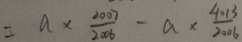
= a \times \frac { 2 0 0 7 } { 2 0 0 6 } - a \times \frac { 4 0 1 3 } { 2 0 0 6 }